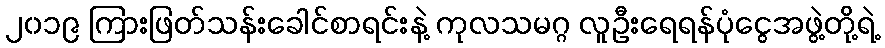
၂၀၁၉ ကြားဖြတ်သန်းခေါင်စာရင်းနဲ့ ကုလသမဂ္ဂ လူဦးရေရန်ပုံငွေအဖွဲ့တို့ရဲ့